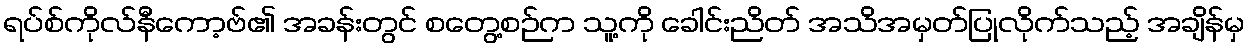
ရပ်စ်ကိုလ်နီကော့ဗ်၏ အခန်းတွင် စတွေ့စဉ်က သူ့ကို ခေါင်းညိတ် အသိအမှတ်ပြုလိုက်သည့် အချိန်မှ